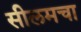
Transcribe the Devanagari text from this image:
सीलमचा